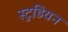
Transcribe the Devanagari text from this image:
स्टुडियन